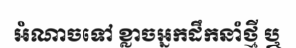
អំណាចទៅ ខ្លាចអ្នកដឹកនាំថ្មី ឬ